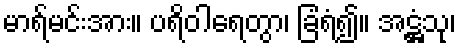
မာရ်မင်းအား။ ပရိဝါရေတွာ၊ ခြံရံ၍။ အဋ္ဌံသု၊